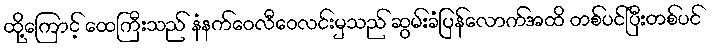
ထို့ကြောင့် ထေကြီးသည် နံနက်ဝေလီဝေလင်းမှသည် ဆွမ်းခံပြန်လောက်အထိ တစ်ပင်ပြီးတစ်ပင်